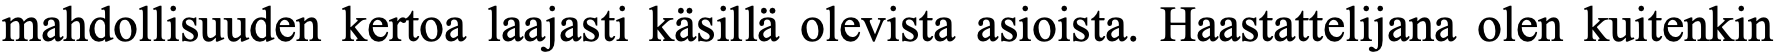
mahdollisuuden kertoa laajasti käsillä olevista asioista. Haastattelijana olen kuitenkin